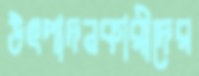
উৎপাদনকারীদের